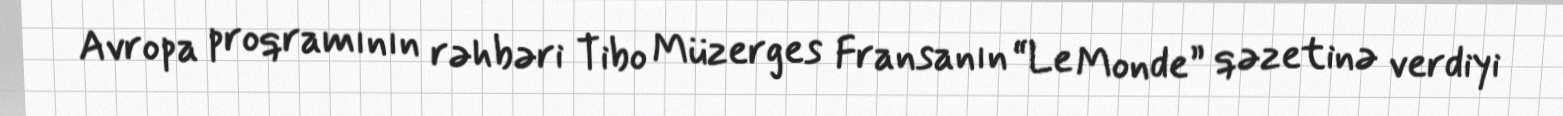
Avropa proqramının rəhbəri Tibo Müzerges Fransanın “Le Monde” qəzetinə verdiyi